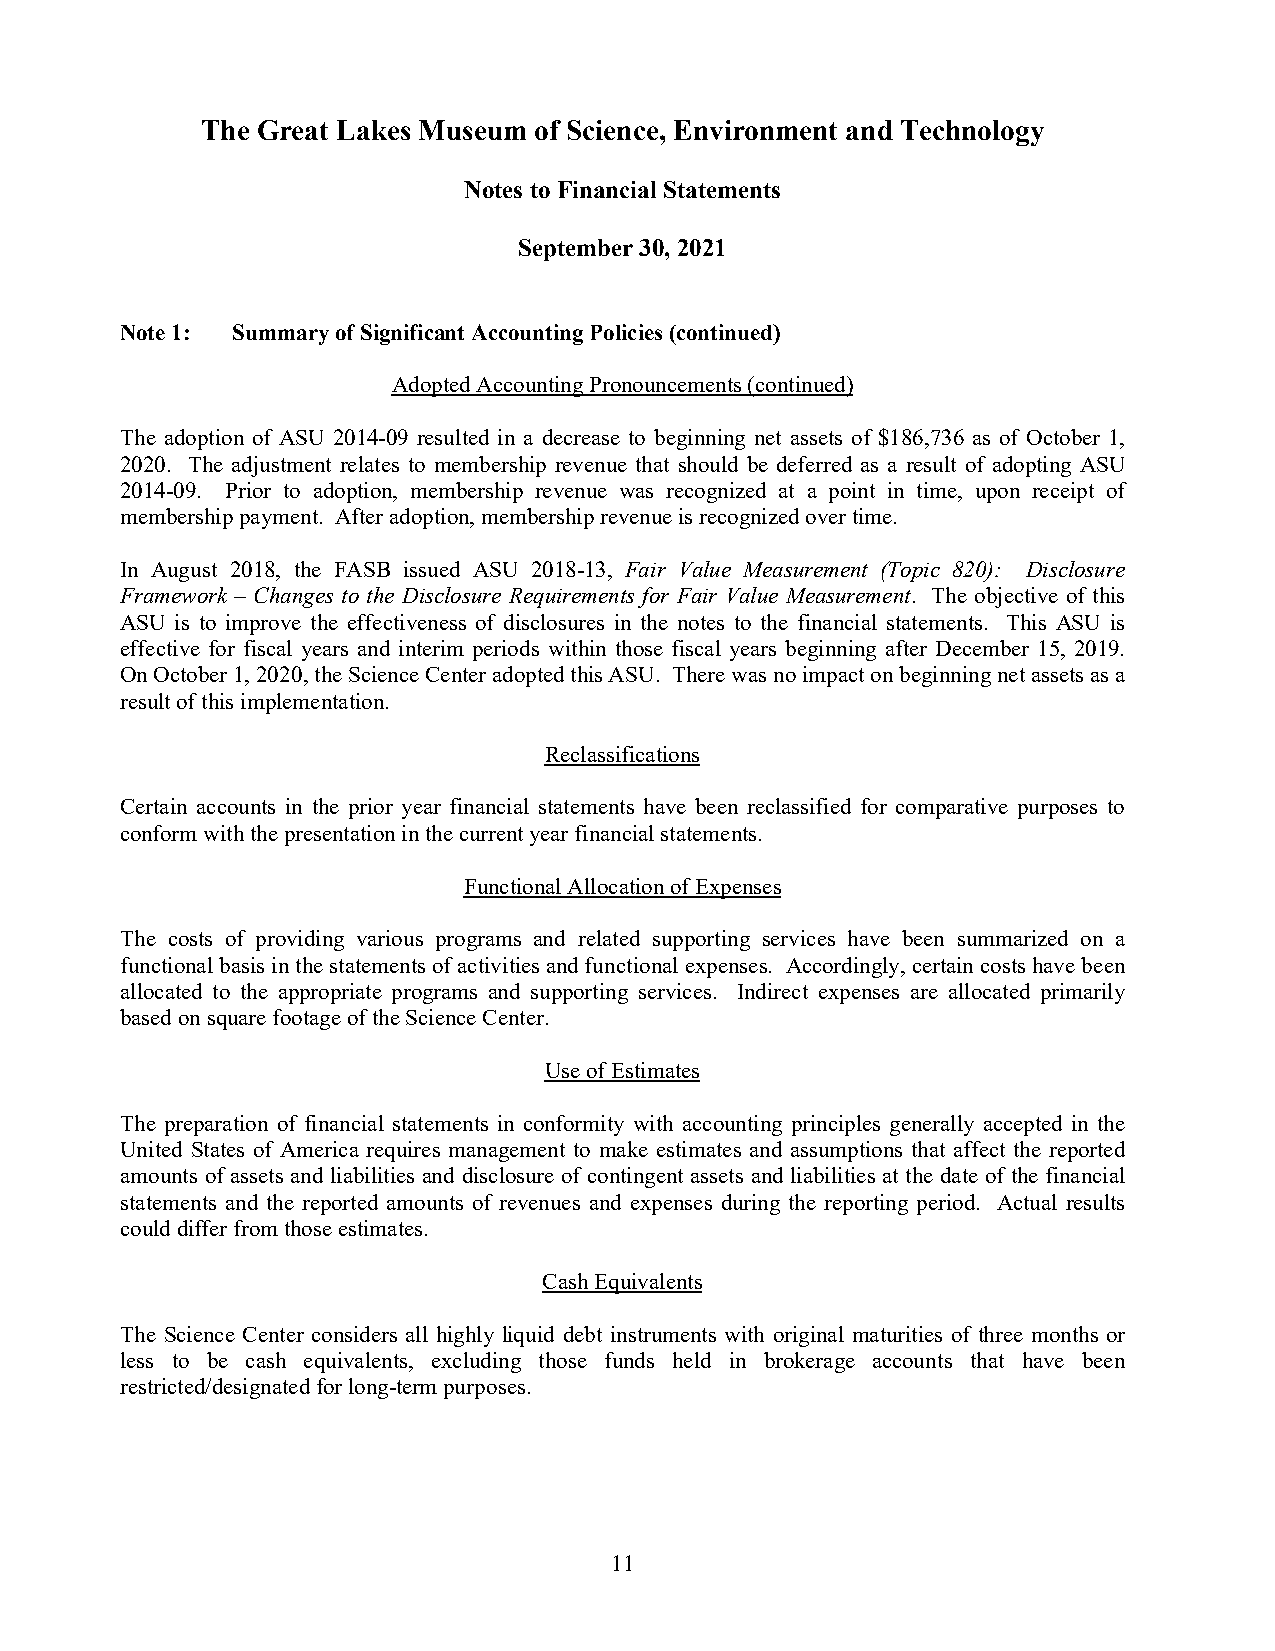
The Great Lakes Museum of Science, Environment and Technology
 Notes to Financial Statements
 September 30, 2021
 Note 1: Summary of Significant Accounting Policies(continued)
 Adopted Accounting Pronouncements(continued)
 The adoption of ASU 2014-09 resulted in a decrease to beginning net assets of $186,736 as of October 1,
 2020. The adjustment relates to membership revenue that should be deferred as a result of adopting ASU
 2014-09. Prior to adoption, membership revenue was recognized at a point in time, upon receipt of
 membership payment. After adoption, membership revenue is recognized over time.
 In August 2018, the FASB issued ASU 2018-13, Fair Value Measurement (Topic 820): Disclosure
 Framework – Changes to the Disclosure Requirements for Fair Value Measurement. The objective of this
 ASU is to improve the effectiveness of disclosures in the notes to the financial statements. This ASU is
 effective for fiscal years and interim periods within those fiscal years beginning after December 15, 2019.
 On October 1, 2020, the Science Center adopted this ASU. There was no impact on beginning net assets as a
 result of this implementation.
 Reclassifications
 Certain accounts in the prior year financial statements have been reclassified for comparative purposes to
 conform with the presentation in the current year financial statements.
 Functional Allocation of Expenses
 The costs of providing various programs and related supporting services have been summarized on a
 functional basis in the statements of activities and functional expenses. Accordingly, certain costs have been
 allocated to the appropriate programs and supporting services. Indirect expenses are allocated primarily
 based on square footage of theScience Center.
 Use of Estimates
 The preparation of financial statements in conformity with accounting principles generally accepted in the
 United States of America requires management to make estimates and assumptions that affect the reported
 amounts of assets and liabilities and disclosure of contingent assets and liabilities at the date of the financial
 statements and the reported amounts of revenues and expenses during the reporting period. Actual results
 could differ from those estimates.
 Cash Equivalents
 The Science Center considers all highly liquid debt instruments with original maturities of three months or
 less to be cash equivalents, excluding those funds held in brokerage accounts that have been
 restricted/designatedfor long-term purposes.
 11